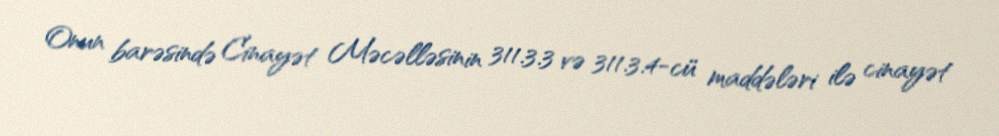
Onun barəsində Cinayət Məcəlləsinin 311.3.3 və 311.3.4-cü maddələri ilə cinayət